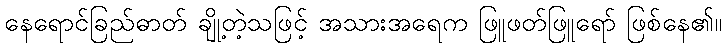
နေရောင်ခြည်ဓာတ် ချို့တဲ့သဖြင့် အသားအရေက ဖြူဖတ်ဖြူရော် ဖြစ်နေ၏။